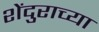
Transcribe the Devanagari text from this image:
शेंदुराच्या